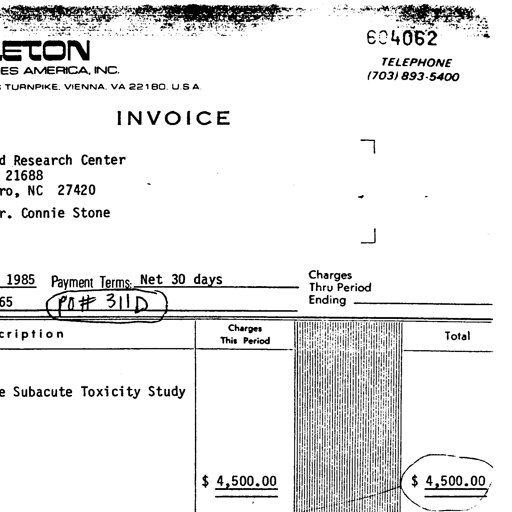
604062
ETON
ES AMERICA, INC.
TELEPHONE
(703) 893-5400
TURNPIKE, VIENNA, VA 22180, U.S.A.
INVOICE
d Research Center
21688
ro, NC 27420
r. Connie Stone
1985 Payment Terms: Net 30 days
Charges Thru Period Ending
65 PO# 311D
cription Charges This Period Total
e Subacute Toxicity Study
$ 4,500.00 $ 4,500.00